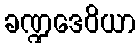
ခဏ္ဍဒေဝိယာ